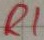
Text: R1